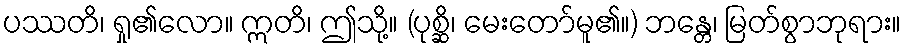
ပဿတိ၊ ရှု၏လော။ ဣတိ၊ ဤသို့။ (ပုစ္ဆိ၊ မေးတော်မူ၏။) ဘန္တေ၊ မြတ်စွာဘုရား။